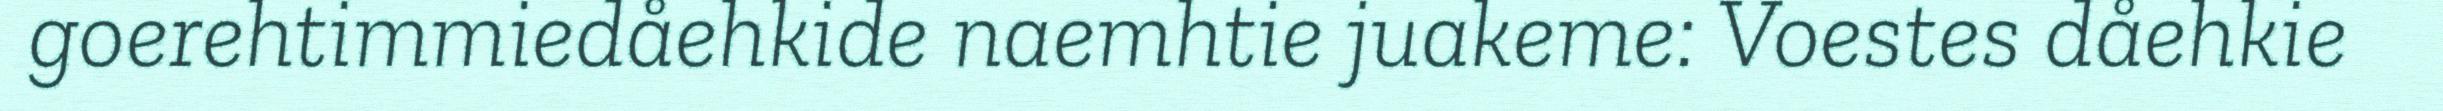
goerehtimmiedåehkide naemhtie juakeme: Voestes dåehkie